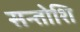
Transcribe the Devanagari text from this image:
सन्तोशि